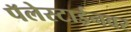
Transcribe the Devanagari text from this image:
पॅलेस्टाईनवर